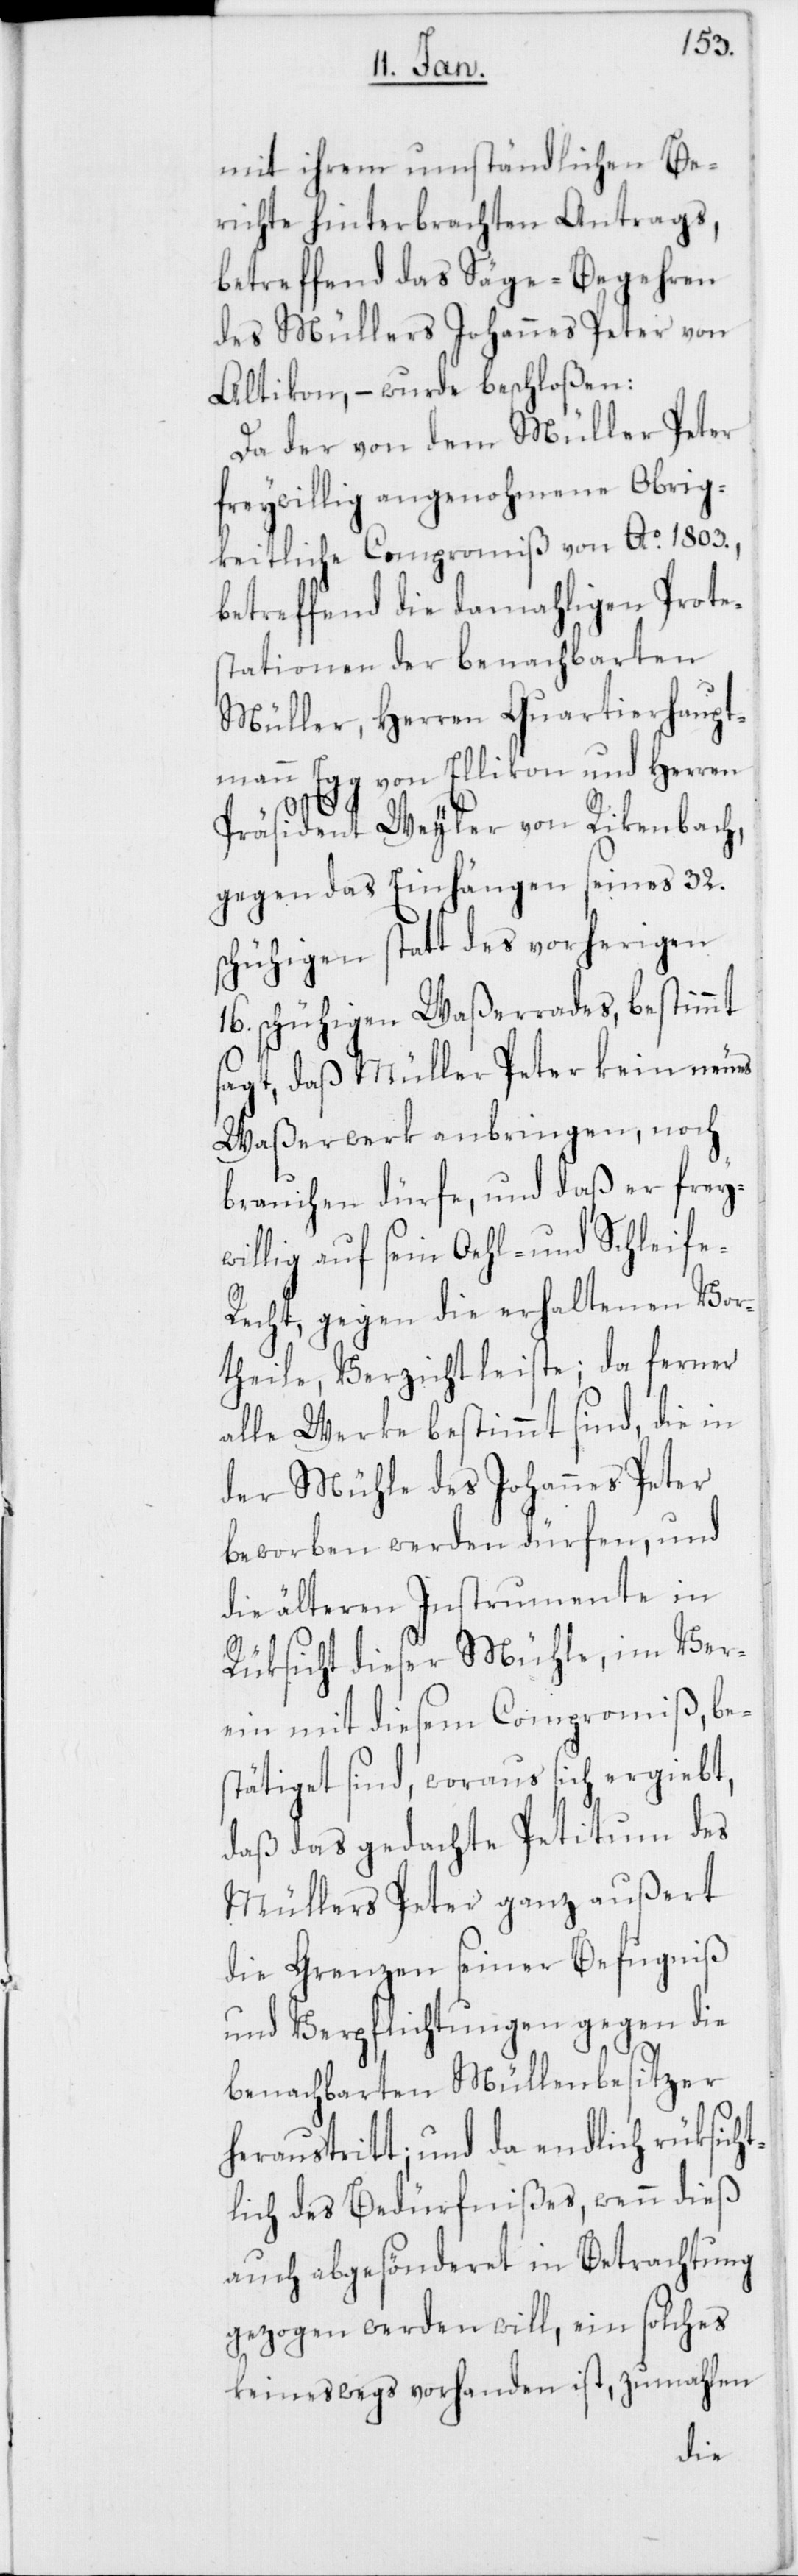
mit ihrem umständlichen Be¬
richte hinterbrachten Antrags,
betreffend das Säge-Begehren
des Müllers Johannes Peter von
Altikon, – wurde beschloßen:
Da der von dem Müller Peter
freywillig angenohmene Obrig¬
keitliche Compromiß von An. 1803.,
betreffend die damahligen Prote¬
stationen der benachbarten
Müller, Herren Quartierhaupt¬
mann Egg von Ellikon und Herren
Präsident Weyler von Rikenbach,
gegen das Einhängen seines 32.
schühigen statt des vorherigen
schühigen Waßerrades, bestimmt
sagt, daß Müller Peter kein neues
Waßerwerk anbringen, noch
brauchen dürfe, und daß er frey¬
willig auf sein Oel- und Schleife-R¬
echt, gegen die erhaltenen Vor¬
theile, Verzicht leiste; da ferner
alle Werke bestimmt sind, die in
der Mühle des Johannes Peter
beworben werden dürfen, und
die älteren Instrumente in
Rüksicht dieser Mühle, im Ver¬
ein mit diesem Compromiß, be¬
stätiget sind, woraus sich ergiebt,
daß das gedachte Petitum des
Müllers Peter ganz außert
die Grenzen seiner Befugniß
und Verpflichtungen gegen die
benachbarten Mühlenbesitzer
heraustritt; und da endlich rüksicht¬
lich des Bedürfnißes, wenn dieß
auch abgesönderet in Betrachtung
gezogen werden will, ein solches
keineswegs vorhanden ist, zumahlen